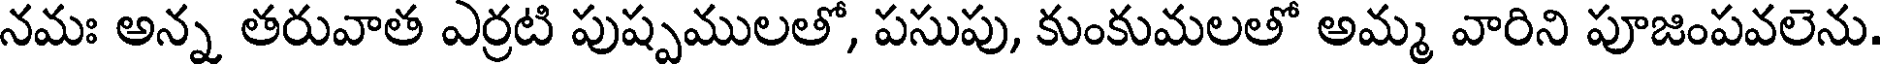
నమః అన్న తరువాత ఎర్రటి పుష్పములతో, పసుపు, కుంకుమలతో అమ్మ వారిని పూజింపవలెను